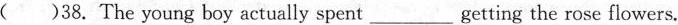
( )38.The young boy actually spent___getting the rose flowers.